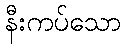
နီးကပ်သော